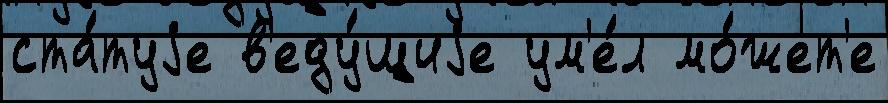
ста́туjе в'еду́щиjе ум'е́л мо́жет'е